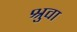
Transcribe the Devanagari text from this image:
श्रुवा